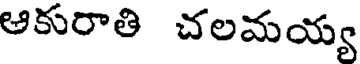
ఆకురాతి చలమయ్య